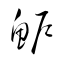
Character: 魲